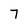
Character: 7